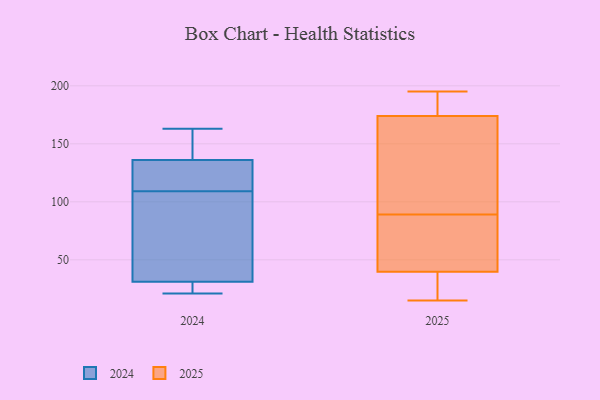
{"axis": {"x": "Revenue (USD Million)", "y": "Value"}, "legend": ["2024", "2025"], "data": [{"x": "", "y": 89, "type": "2025"}, {"x": "", "y": 15, "type": "2025"}, {"x": "", "y": 186, "type": "2025"}, {"x": "", "y": 147, "type": "2025"}, {"x": "", "y": 183, "type": "2025"}, {"x": "", "y": 38, "type": "2025"}, {"x": "", "y": 183, "type": "2025"}, {"x": "", "y": 27, "type": "2025"}, {"x": "", "y": 195, "type": "2025"}, {"x": "", "y": 45, "type": "2025"}, {"x": "", "y": 27, "type": "2025"}, {"x": "", "y": 125, "type": "2025"}, {"x": "", "y": 89, "type": "2025"}, {"x": "", "y": 99, "type": "2025"}, {"x": "", "y": 69, "type": "2025"}, {"x": "", "y": 136, "type": "2024"}, {"x": "", "y": 27, "type": "2024"}, {"x": "", "y": 36, "type": "2024"}, {"x": "", "y": 97, "type": "2024"}, {"x": "", "y": 133, "type": "2024"}, {"x": "", "y": 163, "type": "2024"}, {"x": "", "y": 149, "type": "2024"}, {"x": "", "y": 121, "type": "2024"}, {"x": "", "y": 31, "type": "2024"}, {"x": "", "y": 21, "type": "2024"}]}